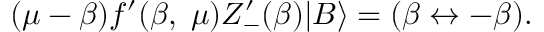
( \mu - \beta ) f ^ { \prime } ( \beta , \; \mu ) Z _ { - } ^ { \prime } ( \beta ) | B \rangle = ( \beta \leftrightarrow - \beta ) .